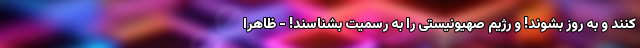
کنند و به روز بشوند! و رژیم صهیونیستی را به رسمیت بشناسند! - ظاهرا